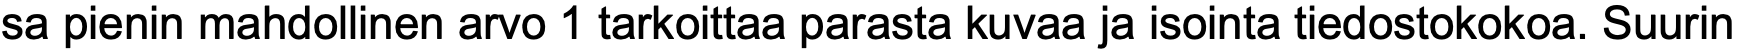
sa pienin mahdollinen arvo 1 tarkoittaa parasta kuvaa ja isointa tiedostokokoa. Suurin